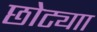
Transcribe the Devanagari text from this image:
छोट्याा